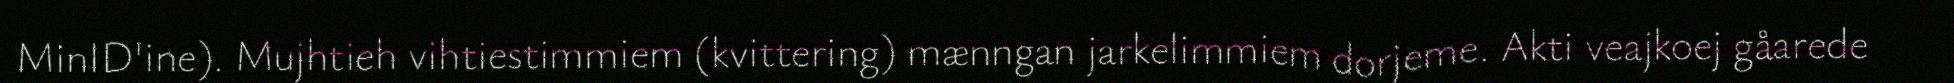
MinID'ine). Mujhtieh vihtiestimmiem (kvittering) mænngan jarkelimmiem dorjeme. Akti veajkoej gåarede